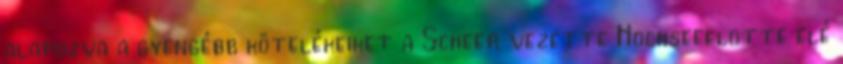
alapozva a gyengébb kötelékeiket a Scheer vezette Hochseeflotte elé